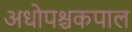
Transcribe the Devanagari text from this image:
अधोपश्चकपाल